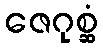
ဇေဂုစ္ဆံ